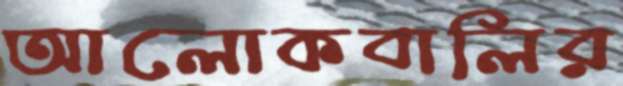
আলোকবালির